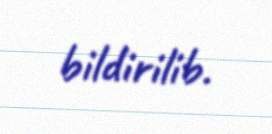
bildirilib.